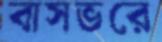
বাসভরে